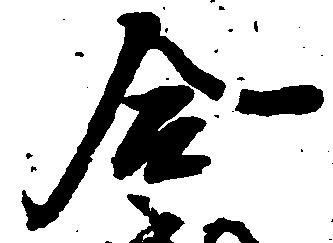
合